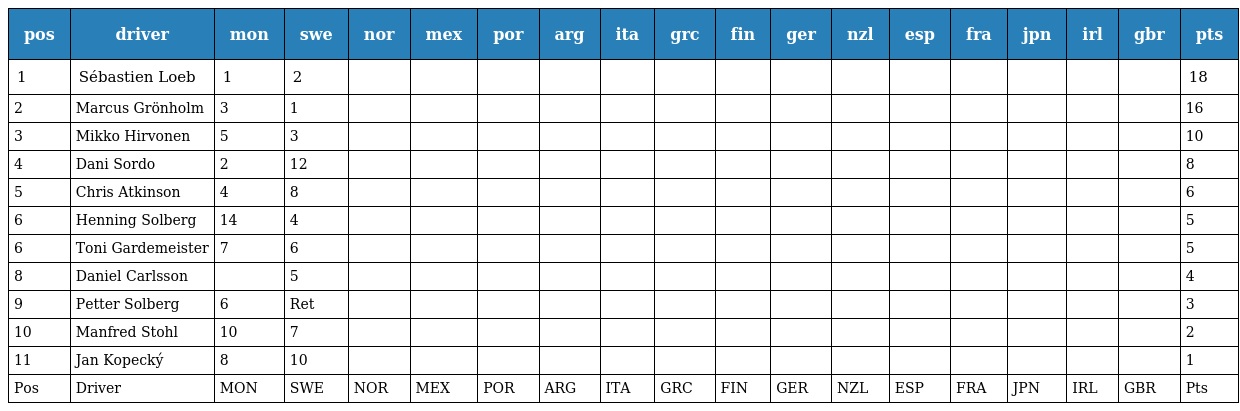
| pos | driver | mon | swe | nor | mex | por | arg | ita | grc | fin | ger | nzl | esp | fra | jpn | irl | gbr | pts |
 | --- | --- | --- | --- | --- | --- | --- | --- | --- | --- | --- | --- | --- | --- | --- | --- | --- | --- | --- |
 | 1 | Sébastien Loeb | 1 | 2 |  |  |  |  |  |  |  |  |  |  |  |  |  |  | 18 |
 | 2 | Marcus Grönholm | 3 | 1 |  |  |  |  |  |  |  |  |  |  |  |  |  |  | 16 |
 | 3 | Mikko Hirvonen | 5 | 3 |  |  |  |  |  |  |  |  |  |  |  |  |  |  | 10 |
 | 4 | Dani Sordo | 2 | 12 |  |  |  |  |  |  |  |  |  |  |  |  |  |  | 8 |
 | 5 | Chris Atkinson | 4 | 8 |  |  |  |  |  |  |  |  |  |  |  |  |  |  | 6 |
 | 6 | Henning Solberg | 14 | 4 |  |  |  |  |  |  |  |  |  |  |  |  |  |  | 5 |
 | 6 | Toni Gardemeister | 7 | 6 |  |  |  |  |  |  |  |  |  |  |  |  |  |  | 5 |
 | 8 | Daniel Carlsson |  | 5 |  |  |  |  |  |  |  |  |  |  |  |  |  |  | 4 |
 | 9 | Petter Solberg | 6 | Ret |  |  |  |  |  |  |  |  |  |  |  |  |  |  | 3 |
 | 10 | Manfred Stohl | 10 | 7 |  |  |  |  |  |  |  |  |  |  |  |  |  |  | 2 |
 | 11 | Jan Kopecký | 8 | 10 |  |  |  |  |  |  |  |  |  |  |  |  |  |  | 1 |
 | Pos | Driver | MON | SWE | NOR | MEX | POR | ARG | ITA | GRC | FIN | GER | NZL | ESP | FRA | JPN | IRL | GBR | Pts |